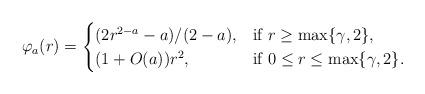
LaTeX: \begin{align*} \varphi_a(r) =\begin{cases} (2r^{2-a}-a)/(2-a), & \mbox{if}~r\ge \max\{\gamma,2\},\\ (1 + O(a))r^2,& \mbox{if}~0\le r\le \max\{\gamma,2\}.\end{cases}\end{align*}